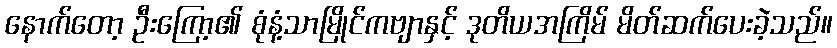
နောက်တော့ ဦးကြော့၏ စုံနံ့သာမြိုင်ကဗျာနှင့် ဒုတိယအကြိမ် မိတ်ဆက်ပေးခဲ့သည်။